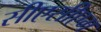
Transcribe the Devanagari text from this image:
सीएसीएम